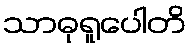
သာဓုရူပေါတိ